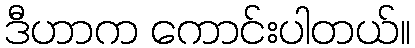
ဒီဟာက ကောင်းပါတယ်။